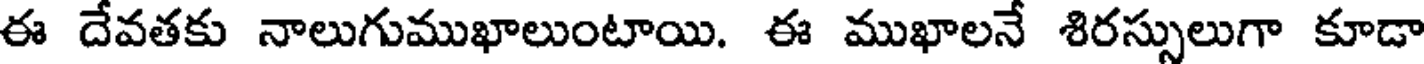
ఈ దేవతకు నాలుగుముఖాలుంటాయి. ఈ ముఖాలనే శిరస్సులుగా కూడా